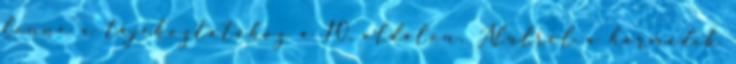
lenne a tájékoztatóhoz a 10. oldalon. Alulról a harmadik